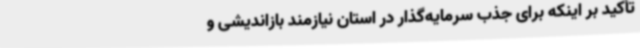
تأکید بر اینکه برای جذب سرمایه‌گذار در استان نیازمند بازاندیشی و